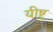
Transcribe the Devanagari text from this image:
यीष्ट